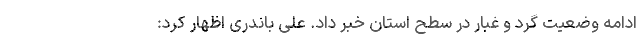
ادامه وضعیت گرد و غبار در سطح استان خبر داد. علی باندری اظهار کرد: